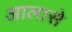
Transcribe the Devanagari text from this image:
आलासे